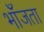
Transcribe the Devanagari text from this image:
भाँजता